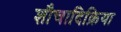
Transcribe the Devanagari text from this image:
शौचादिक्रिया